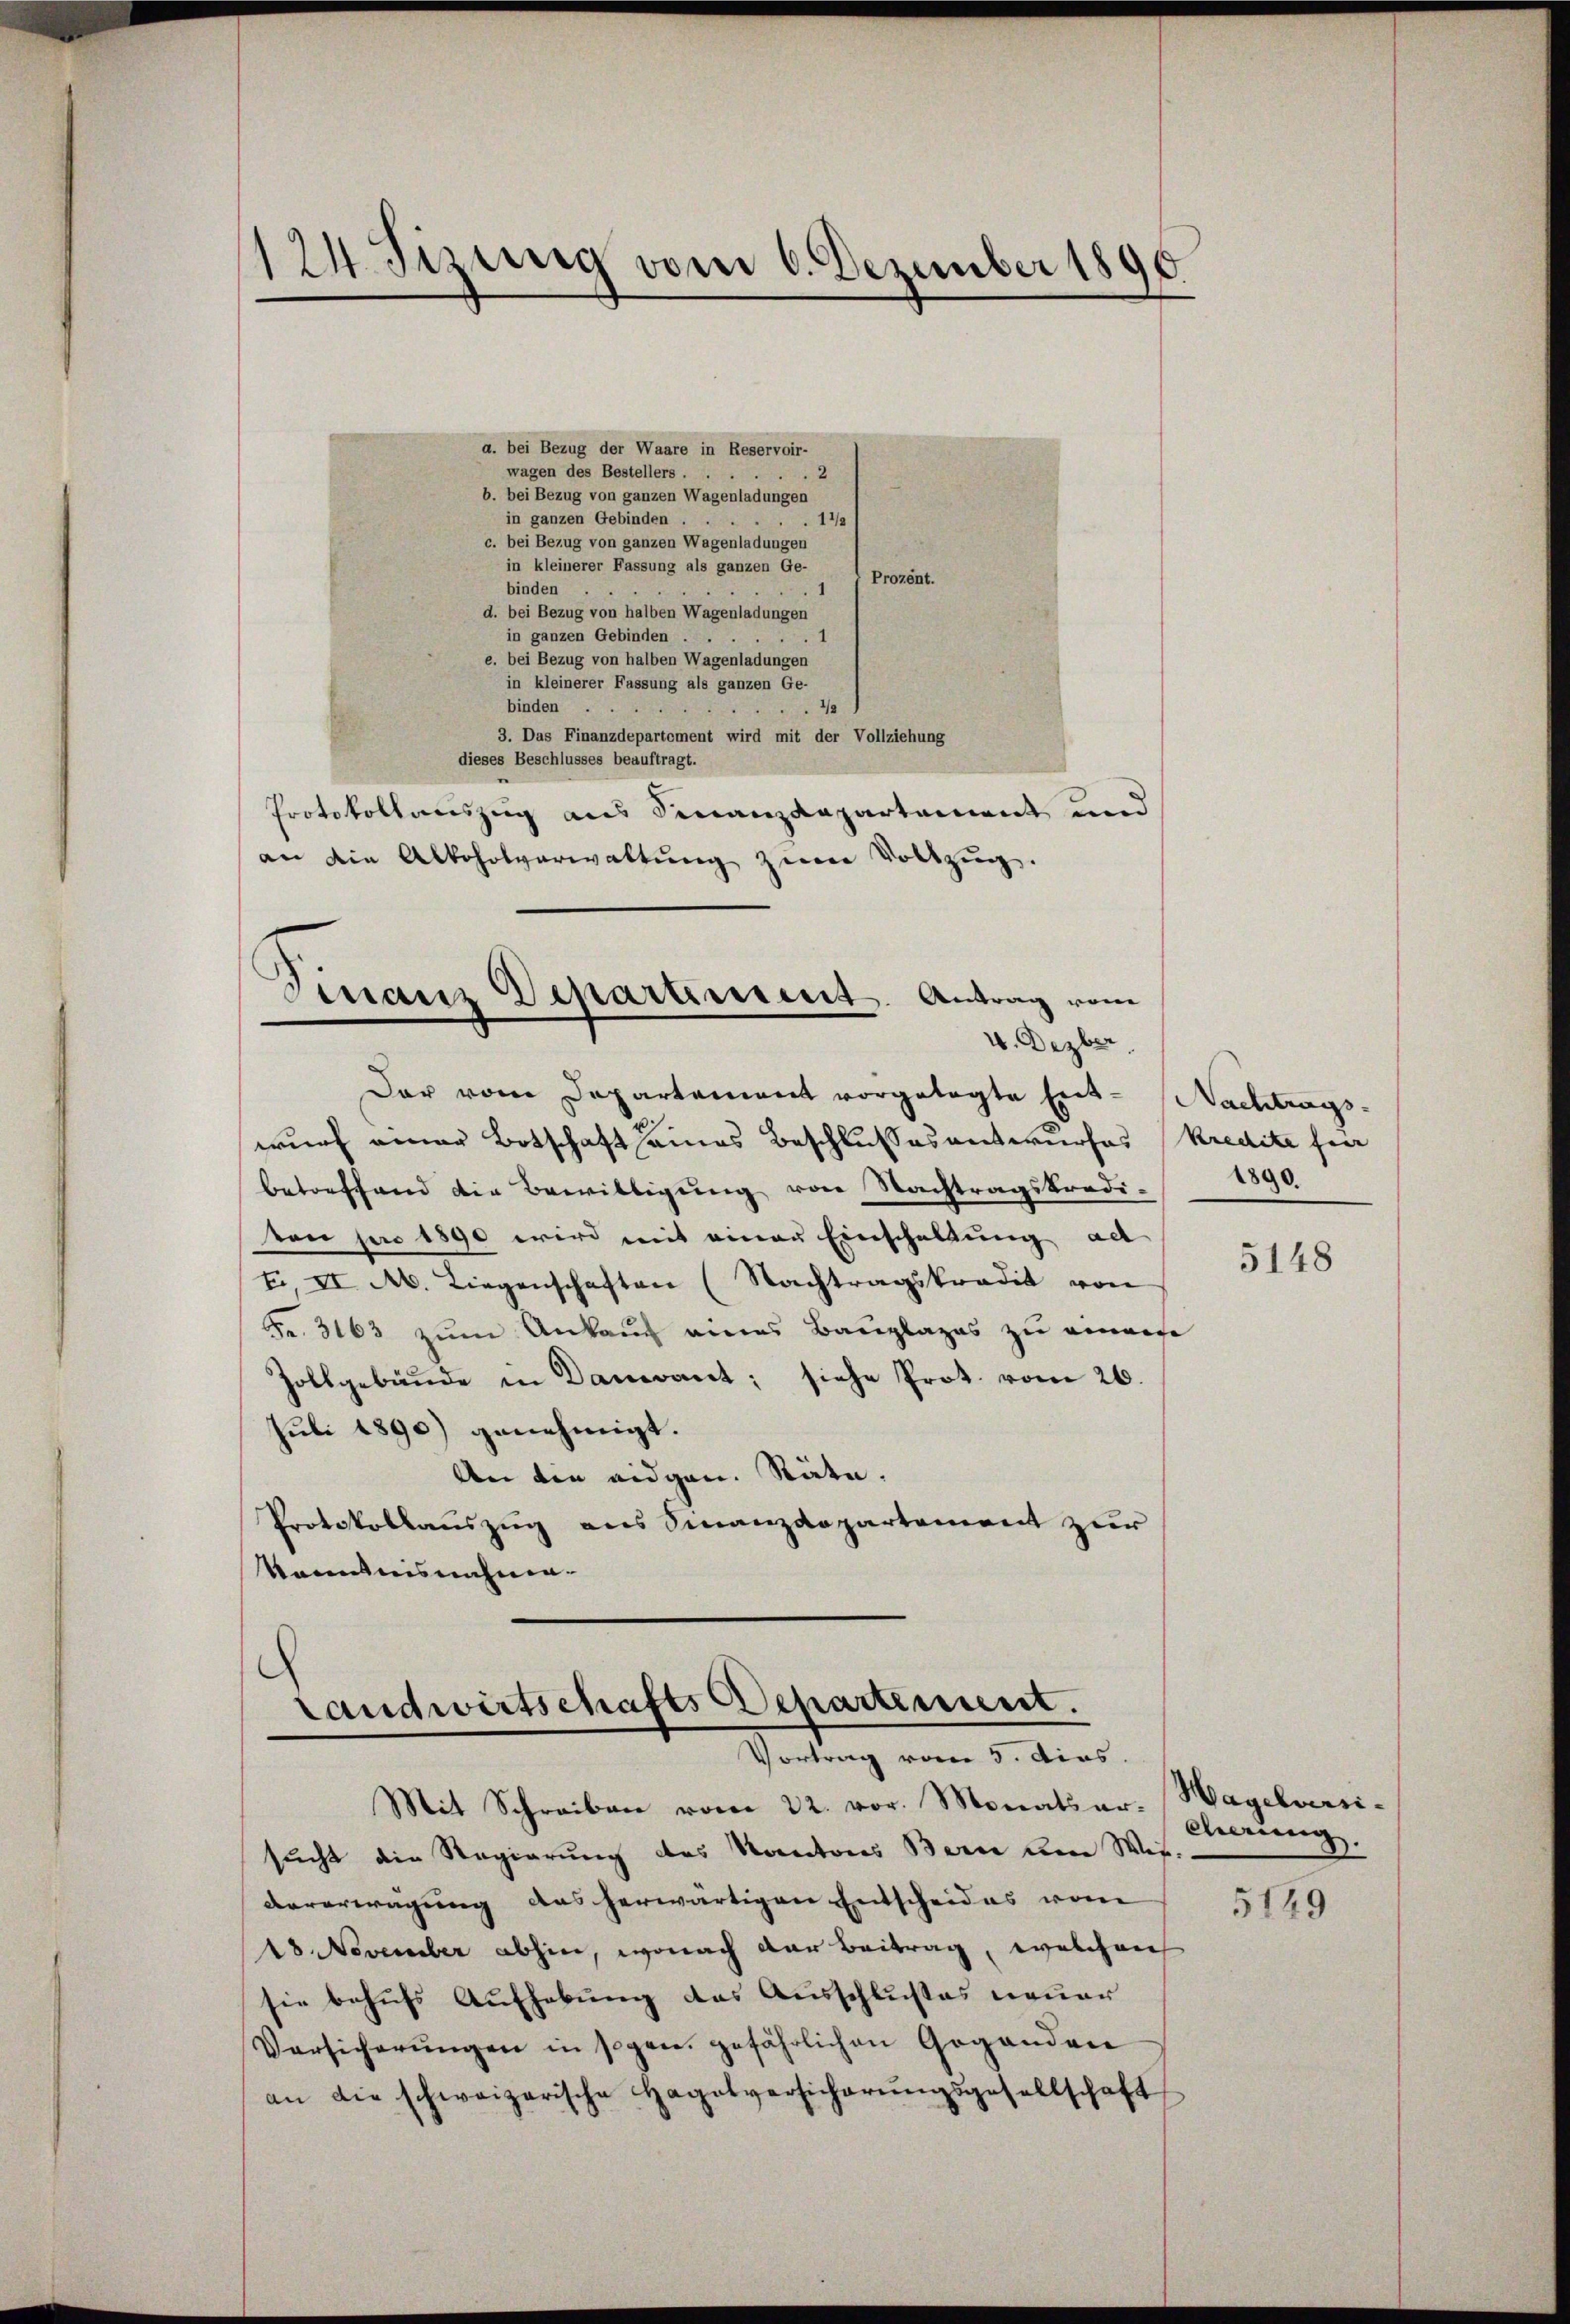
124. Sizung vom 6. Dezember 1890

a. bei Bezug der Waare in Reservoir-
wagen des Bestellers ...
2
b. bei Bezug von ganzen Wagenladungen
in ganzen Gebinden .
11/2
c. bei Bezug von ganzen Wagenladungen
in kleinerer Fassung als ganzen Ge-
Prozent.
binden
d. bei Bezug von halben Wagenladungen
in ganzen Gebinden .
1
e. bei Bezug von halben Wagenladungen
in kleinerer Fassung als ganzen Ge-
binden
4/2

3. Das Finanzdepartement wird mit der Vollziehung
dieses Beschlusses beauftragt.
Protokollauszug aus Finanzdepartement und
an die Alkoholverwaltung zum Vollzug.

Finanz Departement. Antrag vom
V. Dezber

Der vom Departement vorgelegte Ent-Nachtrags-
wurf einer Botschaft eines Beschlusses antwurfes Kredite für
betreffend die Bewilligung von Nachtragskredi-
ton pro 1890 wird mit einen Einschaltung ad
t, II. A. Liegenschaften (Nachtragskredit von
Fr. 3163 zum Ankauf eines Bauplazes zu einem
Zollgebäude in Dancant; siehe Prot. vom 26.
Juli 1890) genehmigt.
An die eidgen. Räte,
Protokollauszug aus Finanzdepartement zur
kanntnisnahme.

Landwirtschafts Departement.
Vortrag vom 5. Ains.
Mit Schreiben vom 22. vor. Monatsar. Hagelversi¬

sucht die Regierung des Kantons Bern um Wis-
vererwägung des herwärtigen Entscheides vom
18. November abhin, wonach der Beitrag, welchen
sie behufs Aufhebung des Ausschlußes neuer
Versicherŭngen in sogen gefährlichen Gegenden
an die schweizerische Hagelversicherŭngsgesellschaft

1890.

5148

dierung.

5149